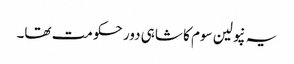
یہ نپولین سوم کا شاہی دور حکومت تھا۔